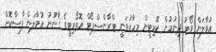
އުވާލަން ވޯޓު ދިނުމުން ކޮމިޓީން މިހާރުވަނީ ޓްރާންސްޕޯޓް އޮތޯރިޓީގެ ޤާނޫނު އުވާލަން ފާސްކޮށް